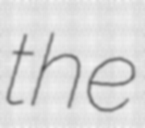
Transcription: the